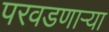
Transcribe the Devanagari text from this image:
परवडणाऱ्या